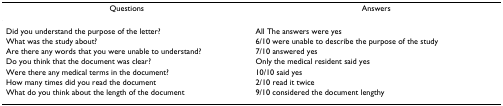
<table><thead><tr><td><b>Questions</b></td><td><b>Answers</b></td></tr></thead><tbody><tr><td>Did you understand the purpose of the letter?</td><td>All The answers were yes</td></tr><tr><td>What was the study about?</td><td>6/10 were unable to describe the purpose of the study</td></tr><tr><td>Are there any words that you were unable to understand?</td><td>7/10 answered yes</td></tr><tr><td>Do you think that the document was clear?</td><td>Only the medical resident said yes</td></tr><tr><td>Were there any medical terms in the document?</td><td>10/10 said yes</td></tr><tr><td>How many times did you read the document</td><td>2/10 read it twice</td></tr><tr><td>What do you think about the length of the document</td><td>9/10 considered the document lengthy</td></tr></tbody></table>